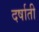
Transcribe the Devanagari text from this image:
दर्षाती